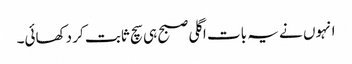
انہوں نے یہ بات اگلی صبح ہی سچ ثابت کر دکھائی۔